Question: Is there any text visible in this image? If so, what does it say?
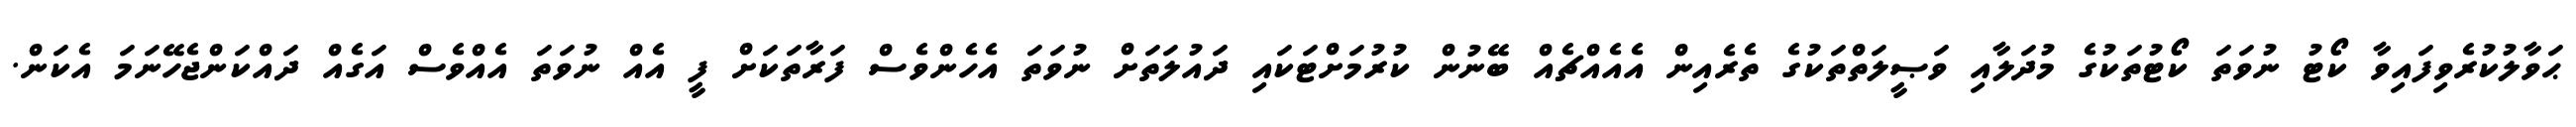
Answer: ޙަވާލުކުރެވިފައިވާ ކޯޓު ނުވަތަ ކޯޓުތަކުގެ މުދަލާއި ވަޞީލަތްތަކުގެ ތެރެއިން އެއެއްޗެއް ބޭނުން ކުރުމަށްޓަކައި ދައުލަތަށް ނުވަތަ އެހެންވެސް ފަރާތަކަށް ފީ އެއް ނުވަތަ އެއްވެސް އަގެއް ދައްކަންޖެހޭނަމަ އެކަން.